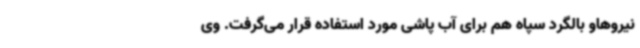
نیروهاو بالگرد سپاه هم برای آب پاشی مورد استفاده قرار می‌گرفت. وی